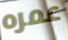
عمره